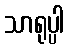
သာရုပ္ပါ